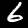
Digit: 6